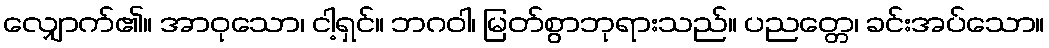
လျှောက်၏။ အာဝုသော၊ ငါ့ရှင်။ ဘဂဝါ၊ မြတ်စွာဘုရားသည်။ ပညတ္တေ၊ ခင်းအပ်သော။